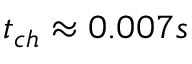
t _ { c h } \approx 0 . 0 0 7 s